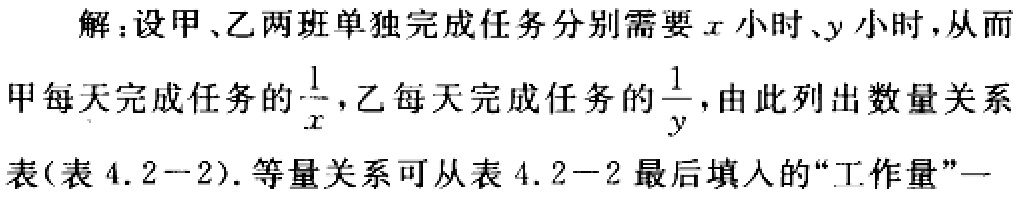
解：设甲、乙两班单独完成任务分别需要\(x\)小时、\(y\)小时，从而
甲每天完成任务的\(\frac{1}{x}\)，乙每天完成任务的\(\frac{1}{y}\)，由此列出数量关系
表(表4.2−2). 等量关系可从表4.2−2最后填入的“工作量”一